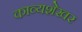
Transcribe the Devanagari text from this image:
काव्यशेखर